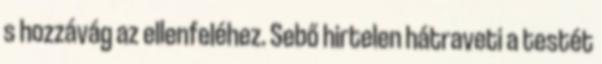
s hozzávág az ellenfeléhez. Sebő hirtelen hátraveti a testét